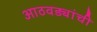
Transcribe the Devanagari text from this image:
आठवड्यांची